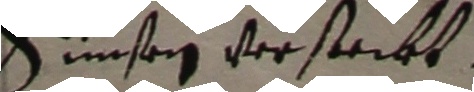
Sinsen versteckt.